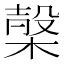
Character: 𣖫